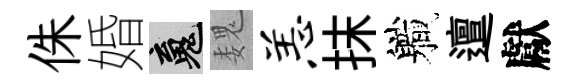
侏婚魂魏恙抹軄邅獻